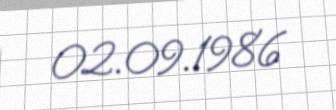
02.09.1986